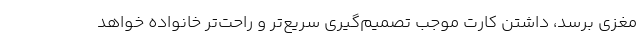
مغزی برسد، داشتن کارت موجب تصمیم‌گیری سریع‌تر و راحت‌تر خانواده خواهد